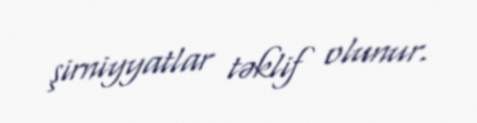
şirniyyatlar təklif olunur.